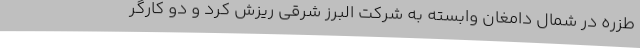
طزره در شمال دامغان وابسته به شرکت البرز شرقی ریزش کرد و دو کارگر